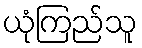
ယုံကြည်သူ